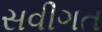
સવીગત